Vaccination in Bombay 1856-1862 - 1856-1862
Year: 1856
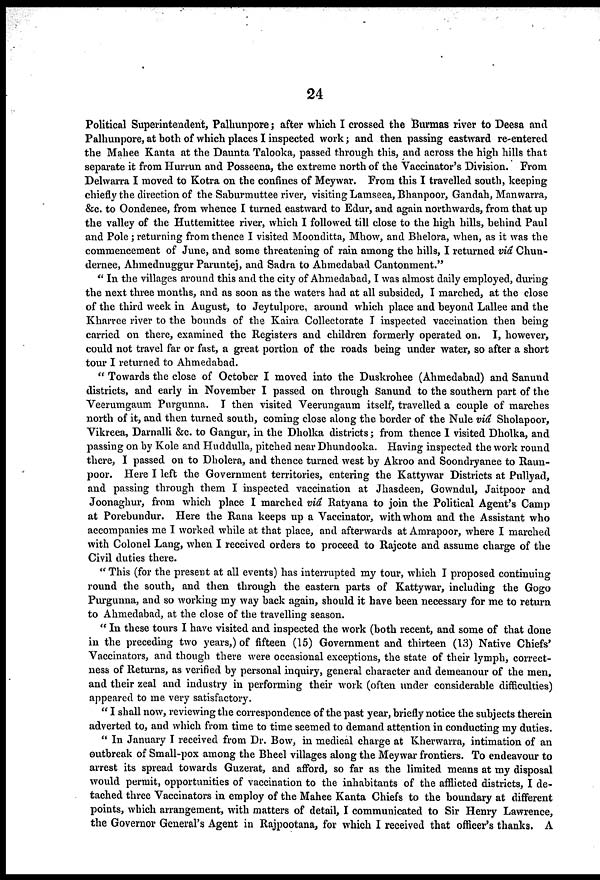
24
Political Superintendent, Palhunpore; after which I crossed the Burmas river to Deesa and
Palhunpore, at both of which places I inspected work; and then passing eastward re-entered
the Mahee Kanta at the Daunta Talooka, passed through this, and across the high hills that
separate it from Hurrun and Posseena, the extreme north of the Vaccinator's Division. From
Delwarra I moved to Kotra on the confines of Meywar. From this I travelled south, keeping
chiefly the direction of the Saburmuttee river, visiting Lamseea, Bhanpoor, Gandah, Manwarra,
&c. to Oondenee, from whence I turned eastward to Edur, and again northwards, from that up
the valley of the Huttemittee river, which I followed till close to the high hills, behind Paul
and Pole; returning from thence I visited Moonditta, Mhow, and Bhelora, when, as it was the
commencement of June, and some threatening of rain among the hills, I returned viâ Chun¬
dernee, Ahmednuggur Paruntej, and Sadra to Ahmedabad Cantonment."
"In the villages around this and the city of Ahmedabad, I was almost daily employed, during
the next three months, and as soon as the waters had at all subsided, I marched, at the close
of the third week in August, to Jeytulpore, around which place and beyond Lallee and the
Kharree river to the bounds of the Kaira Collectorate I inspected vaccination then being
carried on there, examined the Registers and children formerly operated on. I, however,
could not travel far or fast, a great portion of the roads being under water, so after a short
tour I returned to Ahmedabad.
"Towards the close of October I moved into the Duskrohee (Ahmedabad) and Sanund
districts, and early in November I passed on through Sanund to the southern part of the
Veerumgaum Purgunna. I then visited Veerungaum itself, travelled a couple of marches
north of it, and then turned south, coming close along the border of the Nule viâ Sholapoor,
Vikreea, Darnalli &c. to Gangur, in the Dholka districts; from thence I visited Dholka, and
passing on by Kole and Huddulla, pitched near Dhundooka. Having inspected the work round
there, I passed on to Dholera, and thence turned west by Akroo and Soondryanee to Raun-
poor. Here I left the Government territories, entering the Kattywar Districts at Pullyad,
and passing through them I inspected vaccination at Jhasdeen, Gowndul, Jaitpoor and
Joonaghur, from which place I marched viâ Ratyana to join the Political Agent's Camp
at Porebundur. Here the Rana keeps up a Vaccinator, with whom and the Assistant who
accompanies me I worked while at that place, and afterwards at Amrapoor, where I marched
with Colonel Lang, when I received orders to proceed to Rajcote and assume charge of the
Civil duties there.
"This (for the present at all events) has interrupted my tour, which I proposed continuing
round the south, and then through the eastern parts of Kattywar, including the Gogo
Purgunna, and so working my way back again, should it have been necessary for me to return
to Ahmedabad, at the close of the travelling season.
"In these tours I have visited and inspected the work (both recent, and some of that done
in the preceding two years,) of fifteen (15) Government and thirteen (13) Native Chiefs'
Vaccinators, and though there were occasional exceptions, the state of their lymph, correct-
ness of Returns, as verified by personal inquiry, general character and demeanour of the men,
and their zeal and industry in performing their work (often under considerable difficulties)
appeared to me very satisfactory.
"I shall now, reviewing the correspondence of the past year, briefly notice the subjects therein
adverted to, and which from time to time seemed to demand attention in conducting my duties.
"In January I received from Dr. Bow, in medical charge at Kherwarra, intimation of an
outbreak of Small-pox among the Bheel villages along the Meywar frontiers. To endeavour to
arrest its spread towards Guzerat, and afford, so far as the limited means at my disposal
would permit, opportunities of vaccination to the inhabitants of the afflicted districts, I de-
tached three Vaccinators in employ of the Mahee Kanta Chiefs to the boundary at different
points, which arrangement, with matters of detail, I communicated to Sir Henry Lawrence,
the Governor General's Agent in Rajpootana, for which I received that officer's thanks. A